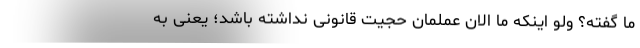
ما گفته؟ ولو اینکه ما الان عملمان حجیت قانونی نداشته باشد؛ یعنی به